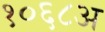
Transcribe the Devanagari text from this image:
१०६८अ